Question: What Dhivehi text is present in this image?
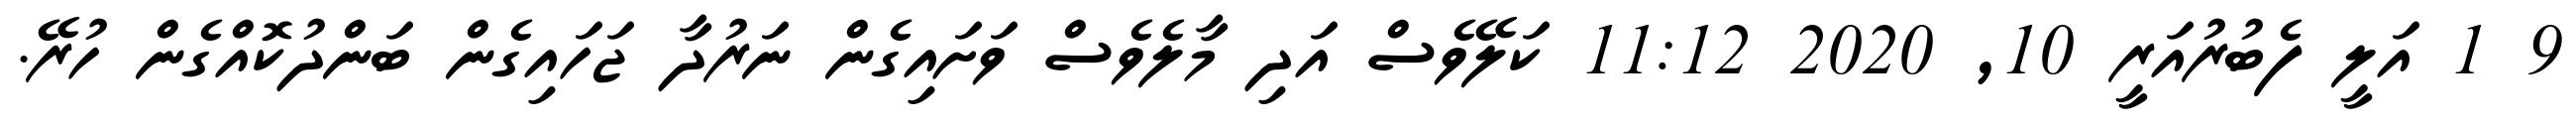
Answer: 9 1 އަލީ ފެބުރުއަރީ 10, 2020 11:12 ކަލޭވެސް އަދި މާލެވެސް ވަށައިގެން ނަރުދާ ޖަހައިގެން ބަންދުކޮއްގެން ހުރޭ.